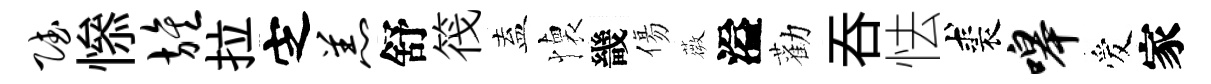
赋𢡖旌拉㝎羔舒筏盍懐畿傷薇溢勸吞怯裘嗥爱家